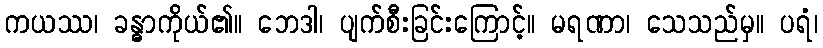
ကယဿ၊ ခန္ဓာကိုယ်၏။ ဘေဒါ၊ ပျက်စီးခြင်းကြောင့်။ မရဏာ၊ သေသည်မှ။ ပရံ၊